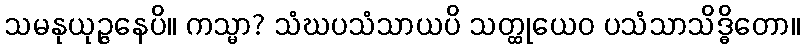
သမနုယုဉ္ဇနေပိ။ ကသ္မာ? သံဃပသံသာယပိ သတ္ထုယေဝ ပသံသာသိဒ္ဓိတော။